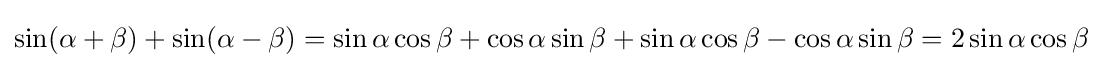
\sin(\alpha +\beta )+\sin(\alpha -\beta )=\sin \alpha \cos \beta +\cos \alpha \sin \beta +\sin \alpha \cos \beta -\cos \alpha \sin \beta =2\sin \alpha \cos \beta